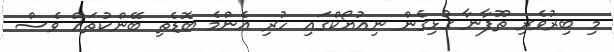
މި ބިރުވެރި ތޫފާނާ ގުޅިގެން ނިއުޔޯކްގައި ހުރި އެންމެ ބޮޑެތި ބޭންކުތައް ވެސް